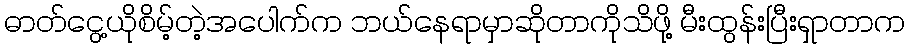
ဓာတ်ငွေ့ယိုစိမ့်တဲ့အပေါက်က ဘယ်နေရာမှာဆိုတာကိုသိဖို့ မီးထွန်းပြီးရှာတာက